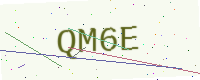
Text: QM6E